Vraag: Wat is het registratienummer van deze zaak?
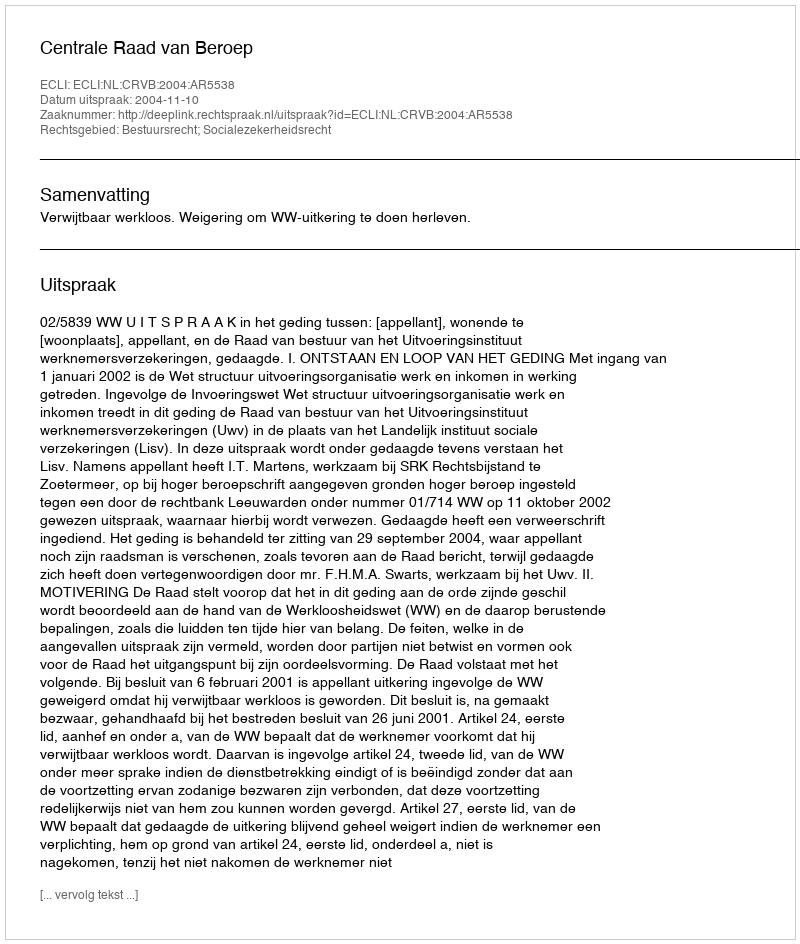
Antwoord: http://deeplink.rechtspraak.nl/uitspraak?id=ECLI:NL:CRVB:2004:AR5538